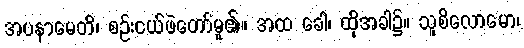
အပနာမေတိ၊ စဉ်းငယ်ဖဲတော်မူ၏။ အထ ခေါ၊ ထိုအခါ၌။ သူစိလောမော၊